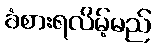
ခံစားရလိမ့်မည်